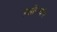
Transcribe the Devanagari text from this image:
हैलोंग्ज्यांग